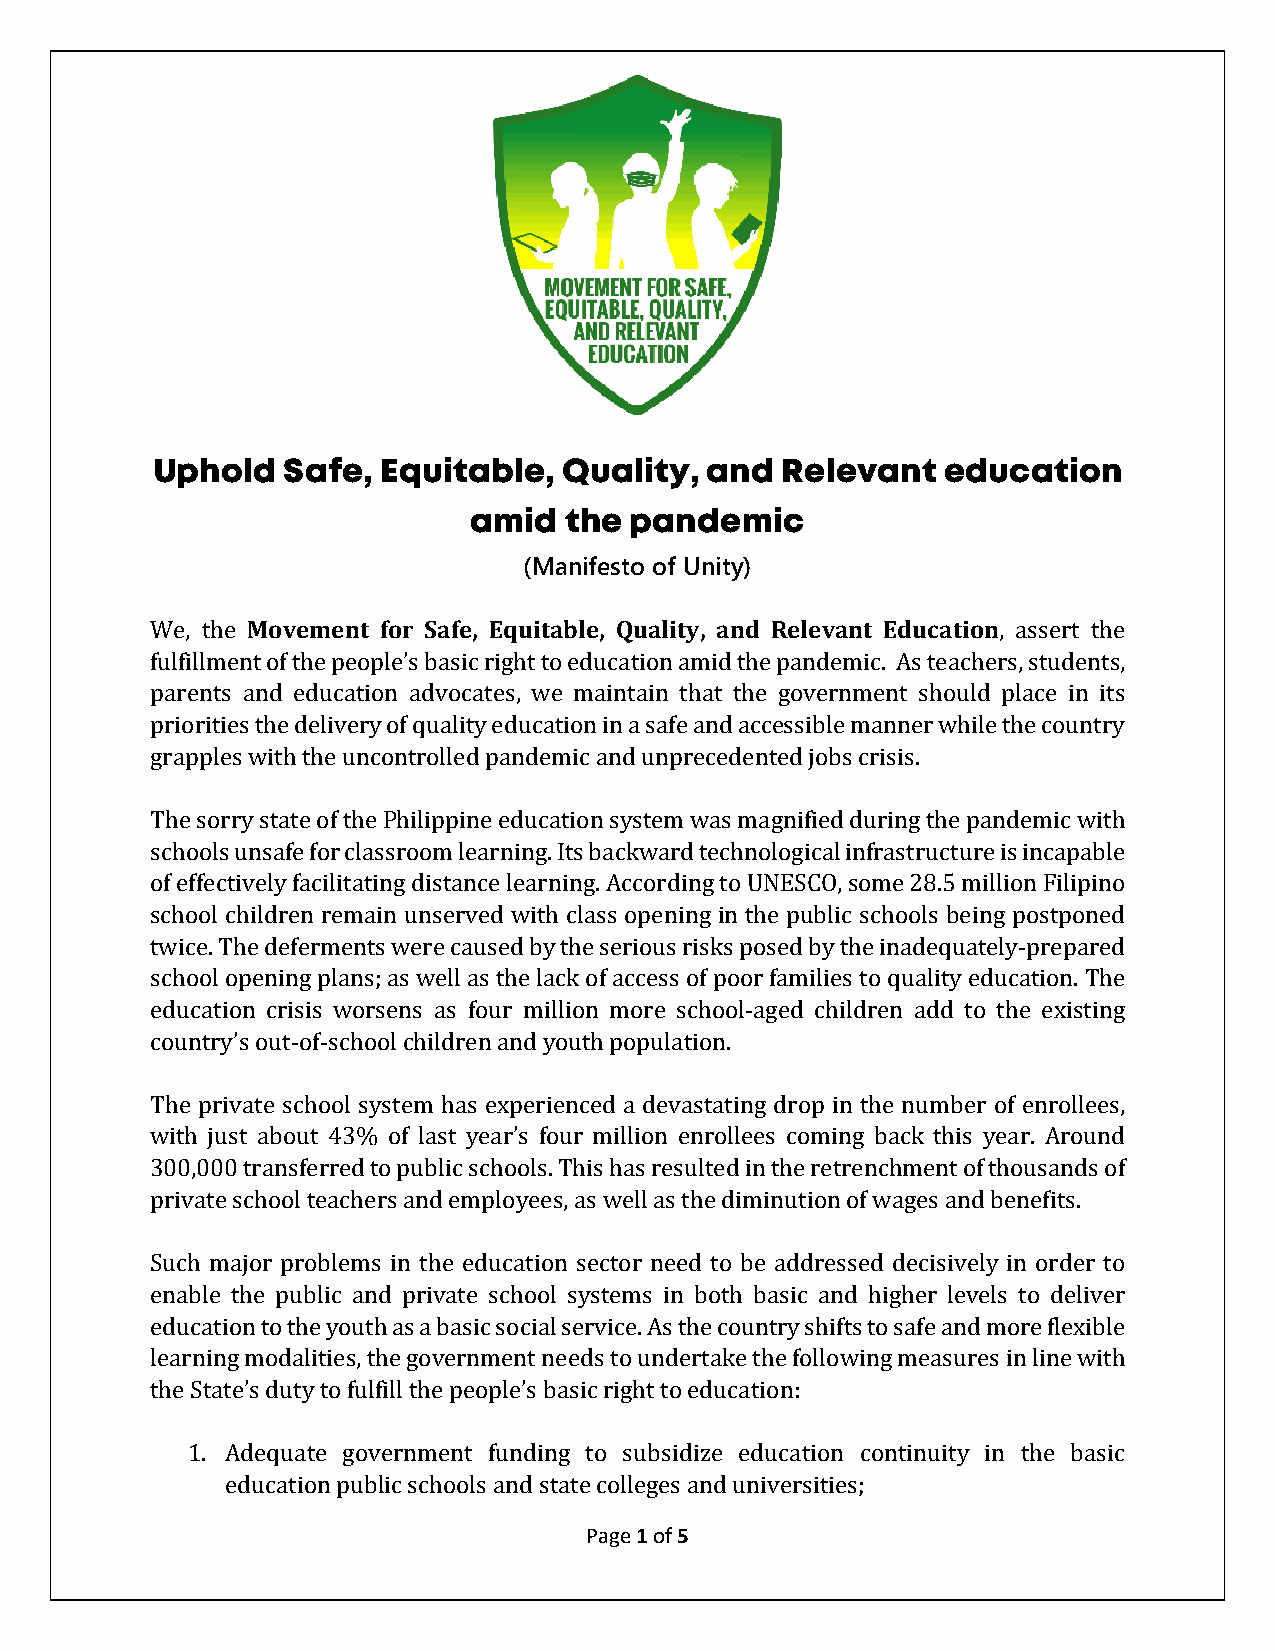
Uphold   Safe, Equitable,  Quality,  and  Relevant   education
 amid  the  pandemic
 (Manifesto of Unity)
 Movement for Safe, Equitable, Quality, and Relevant Education
 We, the                                                 , assert the
 fulfillment of the people’s basic right to education amid the pandemic. As teachers, students,
 parents and education advocates, we maintain that the government should place in its
 priorities the delivery of quality education in a safe and accessible manner while the country
 grapples with the uncontrolled pandemic and unprecedented jobs crisis.
 The sorry state of the Philippine education system was magnified during the pandemic with
 schools unsafe for classroom learning. Its backward technological infrastructure is incapable
 of effectively facilitating distance learning. According to UNESCO, some 28.5 million Filipino
 school children remain unserved with class opening in the public schools being postponed
 twice. The deferments were caused by the serious risks posed by the inadequately-prepared
 school opening plans; as well as the lack of access of poor families to quality education. The
 education crisis worsens as four million more school-aged children add to the existing
 country’s out-of-school children and youth population.
 The private school system has experienced a devastating drop in the number of enrollees,
 with just about 43% of last year’s four million enrollees coming back this year. Around
 300,000 transferred to public schools. This has resulted in the retrenchment of thousands of
 private school teachers and employees, as well as the diminution of wages and benefits.
 Such major problems in the education sector need to be addressed decisively in order to
 enable the public and private school systems in both basic and higher levels to deliver
 education to the youth as a basic social service. As the country shifts to safe and more flexible
 learning modalities, the government needs to undertake the following measures in line with
 the State’s duty to fulfill the people’s basic right to education:
 1. Adequate government funding to subsidize education continuity in the basic
 education public schools and stateP caogell e1g oefs 5 a nd universities;